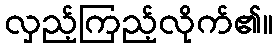
လှည့်ကြည့်လိုက်၏။